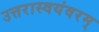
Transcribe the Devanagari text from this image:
उत्तरास्वयंवरम्